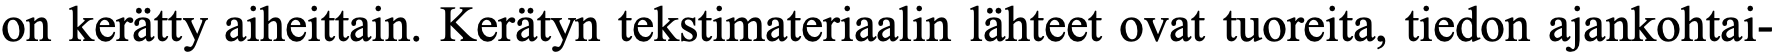
on kerätty aiheittain. Kerätyn tekstimateriaalin lähteet ovat tuoreita, tiedon ajankohtai-